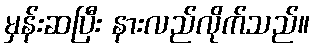
မှန်းဆပြီး နားလည်လိုက်သည်။